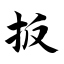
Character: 扳